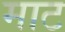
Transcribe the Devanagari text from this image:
माट